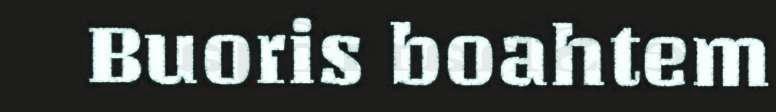
Buoris boahtem